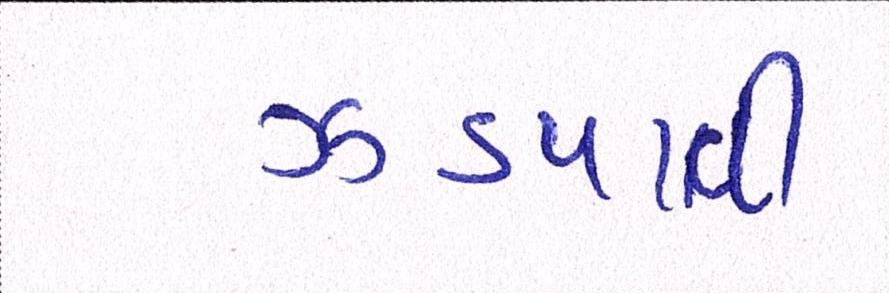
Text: ઝડપાવી